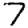
Digit: 7